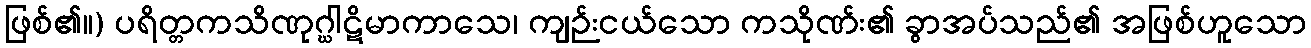
ဖြစ်၏။) ပရိတ္တကသိဏုဂ္ဃါဋိမာကာသေ၊ ကျဉ်းငယ်သော ကသိုဏ်း၏ ခွာအပ်သည်၏ အဖြစ်ဟူသော